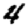
Digit: 4